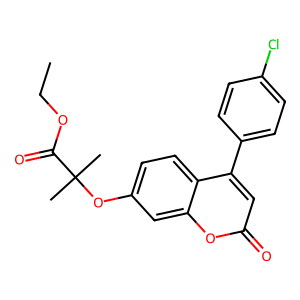
SMILES: CCOC(=O)C(C)(C)Oc1ccc2c(-c3ccc(Cl)cc3)cc(=O)oc2c1
Inhibits HIV replication: No